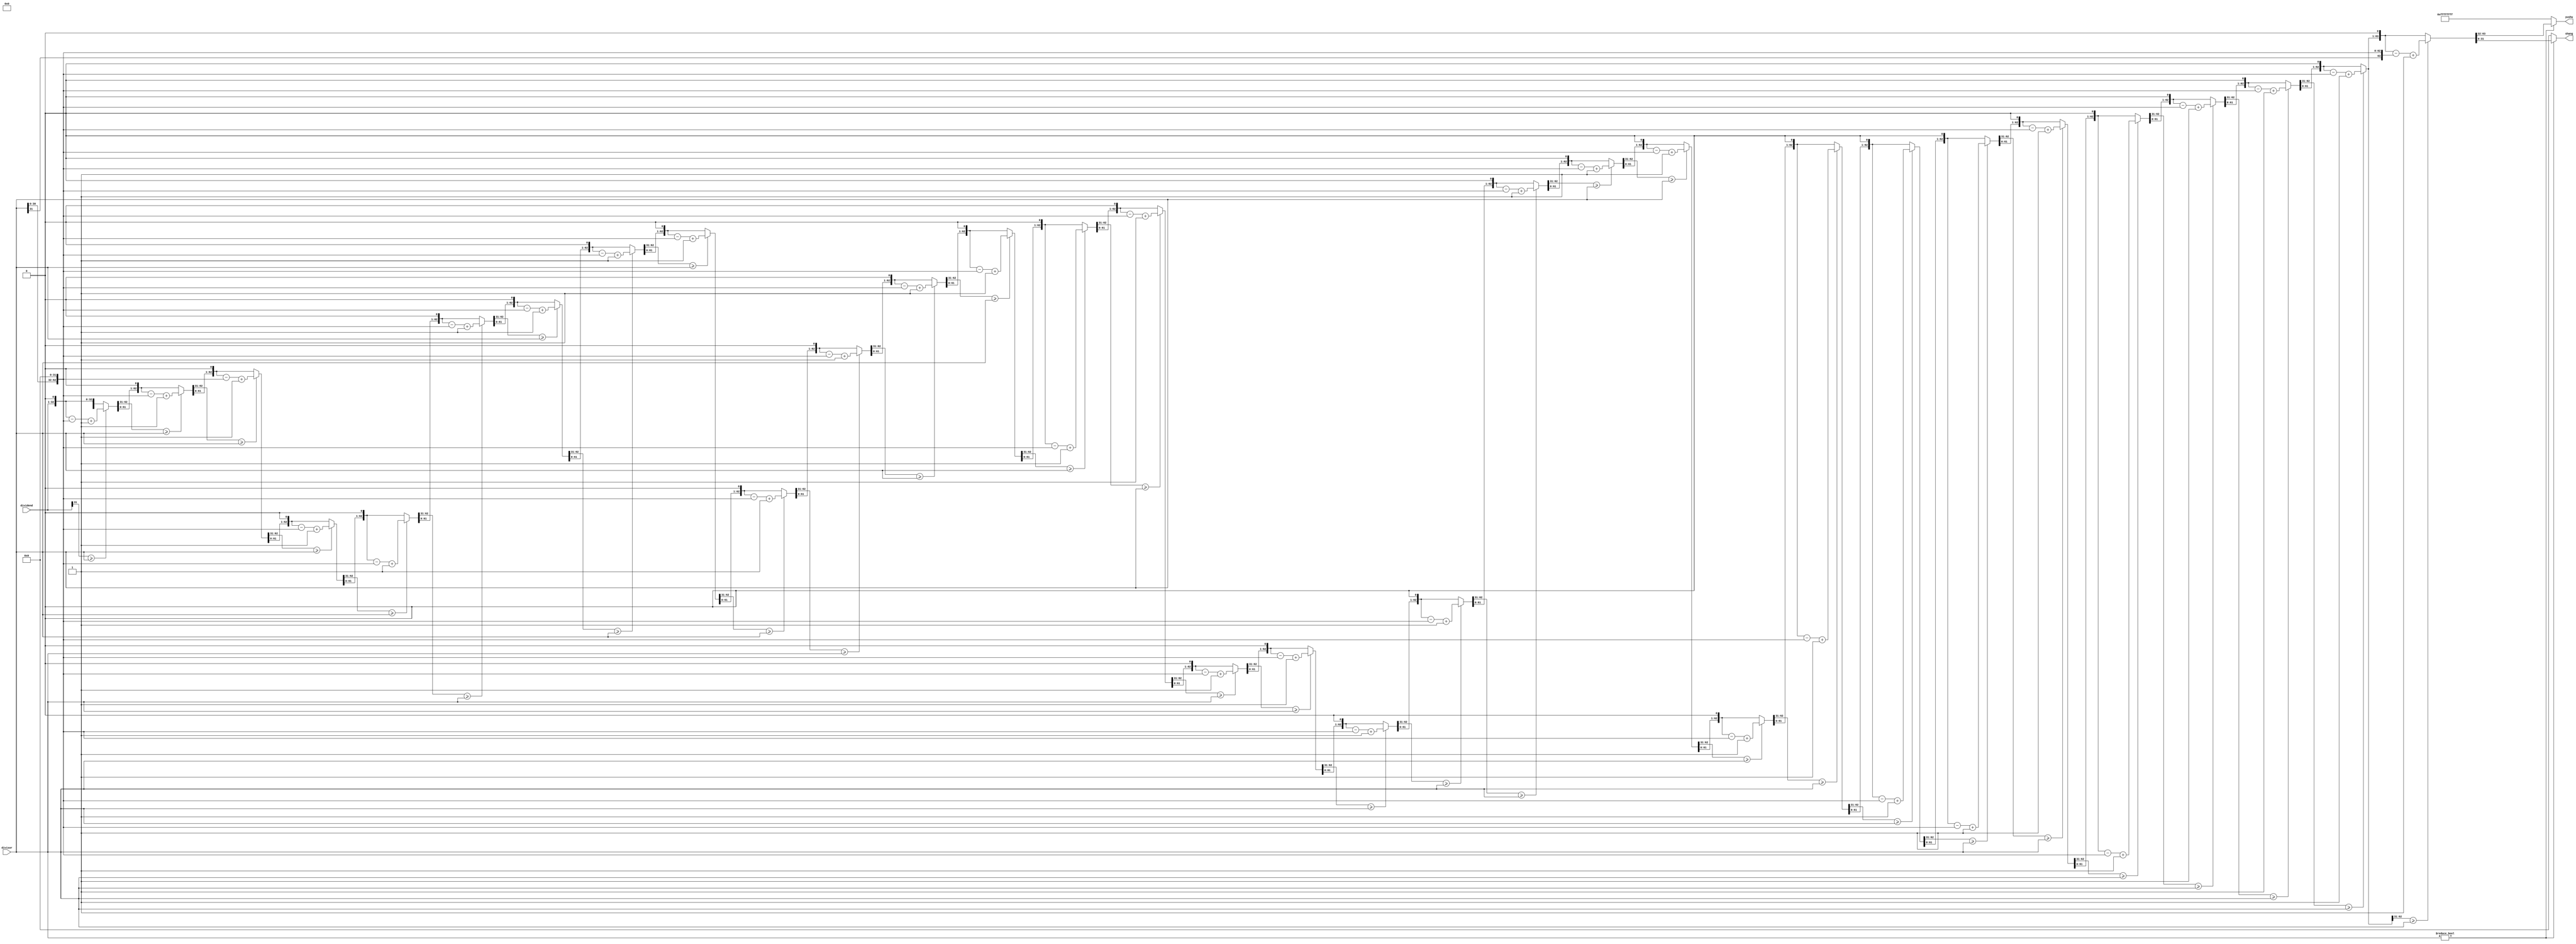
//
module division 
(  
input[31:0] dividend,       // 
input[31:0] divisor,        // 
output reg [31:0] shang,    // 
output reg [31:0] yushu
);  
  
reg[31:0] tempa;  
reg[31:0] tempb;  
reg[63:0] temp_a;  
reg[63:0] temp_b;  
  
integer i;  

always @(dividend or divisor)  
begin  
    tempa <= dividend;  
    tempb <= divisor;  
end  
  
always @(tempa or tempb)  
begin
    if(tempb!=0) begin
        temp_a = {32'h00000000,tempa};  
        temp_b = {tempb,32'h00000000};  
        for(i = 0;i < 32;i = i + 1)  
            begin  
                temp_a = {temp_a[62:0],1'b0};  
                if(temp_a[63:32] >= tempb)  
                    temp_a = temp_a - temp_b + 1'b1;  
                else  
                    temp_a = temp_a;  
            end  
        shang = temp_a[31:0];  
        yushu = temp_a[63:32]; 
    end 
    else begin                      //
        shang = 32'h00000000;  
        yushu = 32'hFFFFFFFF; 
    end 
end  
endmodule